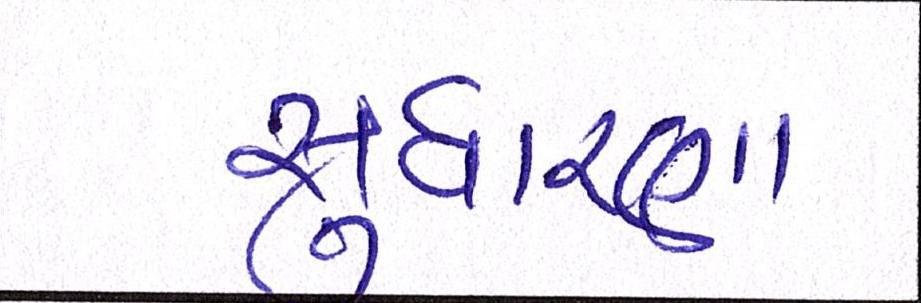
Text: સુધારણા